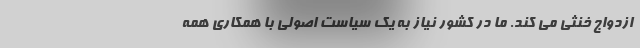
ازدواج خنثی می کند. ما در کشور نیاز به یک سیاست اصولی با همکاری همه